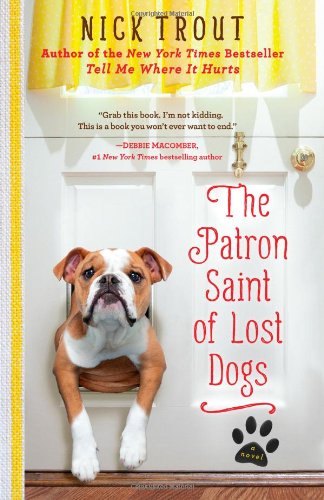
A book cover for The Patron Saint of Lost Dogs: A Novel; Nick Trout; Literature & Fiction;